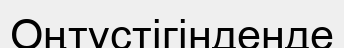
Оңтүстігінденде